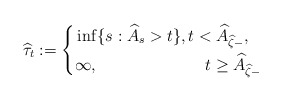
\begin{align*}\widehat \tau_t:=\left\lbrace \begin{aligned}&\inf\{s: \widehat{A}_s>t\},t<\widehat{A}_{\widehat{\zeta}-},\\&\infty,\qquad\qquad\qquad\;\; t\geq \widehat{A}_{\widehat{\zeta}-} \end{aligned}\right.\end{align*}